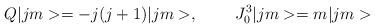
LaTeX: \begin{align*}Q|jm>=-j(j+1)|jm>,\;\;\;\;\;\;\;\;J^3_0|jm>=m|jm>\end{align*}